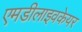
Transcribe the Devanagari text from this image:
एमडीलाइवकेयर